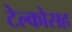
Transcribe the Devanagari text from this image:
टेल्कोसह